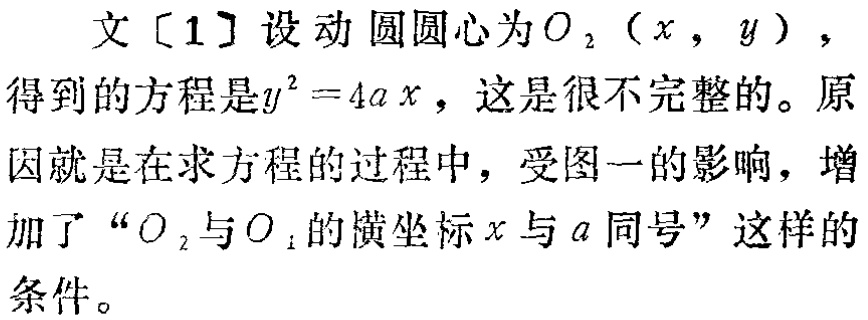
文[1]设动圆圆心为\(O_{2}(x,y)\)，得到的方程是\(y^{2}=4ax\)，这是很不完整的。原因就是在求方程的过程中，受图一的影响，增加了“\(O_{2}\)与\(O_{1}\)的横坐标\(x\)与\(a\)同号”这样的条件。